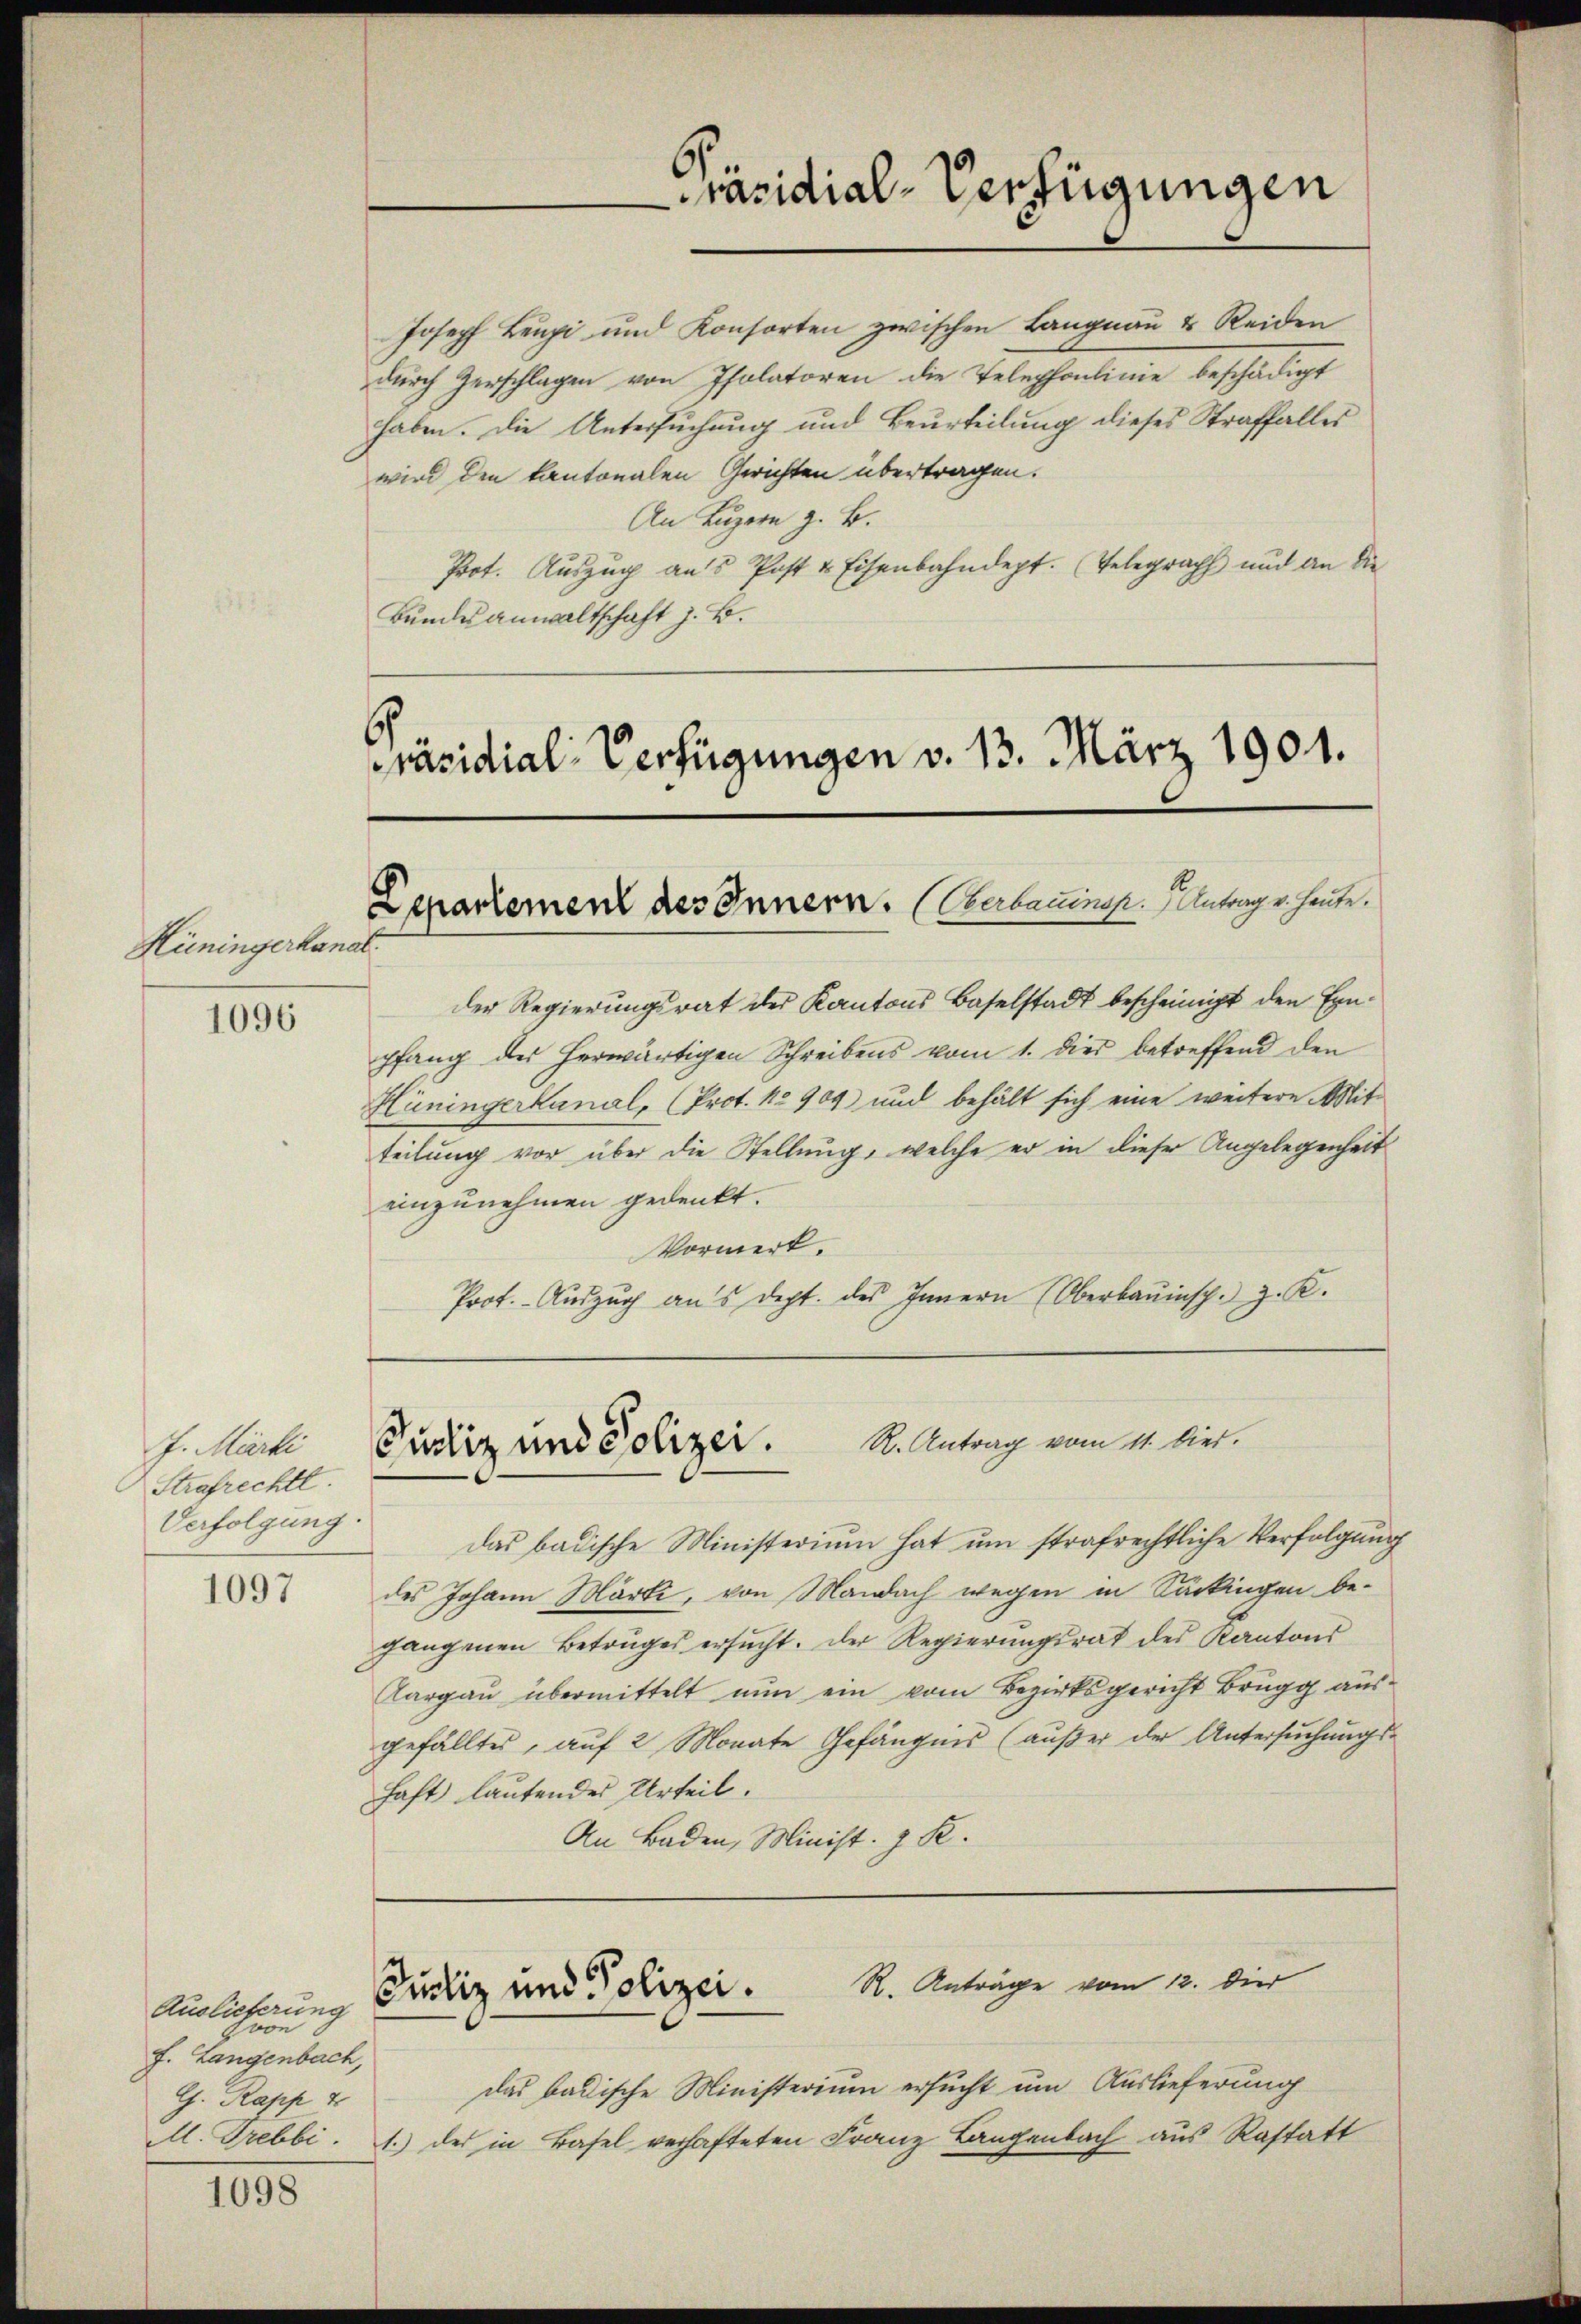
1096

1097

1098

Joseph Leupi und Konsorten zwischen Langnau & Reiden
durch Zerschlagen von Pfolatoren die Telephonlinie beschädigt
haben. Die Untersuchung und Beurteilung dieses Straffalles
wird den kantonalen Gerichten übertragen.
An Luzern z. B.
Prot. Auszug aus Post & Eisenbahndept. (Telegrach und an die
Bundesanwaltschaft z. B.
Präsidial-Verfügungen v. 13. März 1901.

Hüningerkanal

J. Marti
Strafrechtl.
Verfolgung.

Departement des Innern. (Verbauinsp. Antrag er heute.

der Regierungsrat des Kantons Baselstadt bescheinigt den Einpfang der herwärtigen Schreibens vom 1. dies betreffend den
Hüningerkanal, (Prot. No 909 und behält sich eine weitere Mit-
teilung vor über die Stellung, welche er in dieser Angelegenheit
einzunehmen gedenkt.
Vormerk.
Prot. Aŭszŭg ans dept. des Innern (Oberbauinsp. z. K.

Auslieferung
svon
f. Langenbach,
G. Rapp 4

Präsidial-Verfügungen

Custiz und Polizei. S. Antrag vom 11. biet.

Das badische Ministerium hat um strafrechtliche Verfolgung
des Johann Märki, von Mandach wegen in Sackingen be-
gangenen Betruges ersŭcht. Der Regierŭngsrat des Kantons
Aargaŭ übermittelt nŭn ein vom Bezirksgericht Brugg aŭs-
gefälltes, auf 2 Monate Gefängnis (außer der Untersuchungs-
haft lautendes Urteil.
An Baden, Minist. z. R.

das badische Ministerium ersucht um Auslieferung
M. Trebbi. . des in Basel verhafteten Franz Langenbach aus Rastatt

R. Anträge vom 12. Died
Justiz und Polizei.